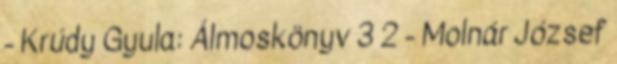
- Krúdy Gyula: Álmoskönyv 3 2 - Molnár József